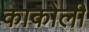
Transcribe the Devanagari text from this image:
काकोली